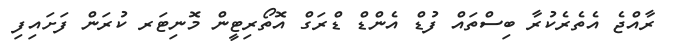
ރާއްޖެ އެތެރެކުރާ ބިސްތައް ފުޑް އެންޑް ޑްރަގް އޮތޯރިޓީން މޮނިޓަރ ކުރަން ފަށައިފި